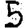
Digit: 5